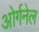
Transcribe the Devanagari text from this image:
ओर्गनेल